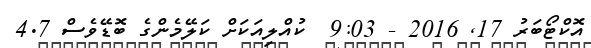
އޮކްޓޯބަރު 17